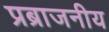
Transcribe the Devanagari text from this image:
प्रब्राजनीय